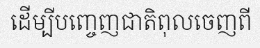
ដើម្បីបញ្ចេញជាតិពុលចេញពី